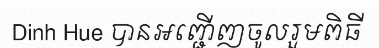
Dinh Hue បានអញ្ជើញចូលរួមពិធី